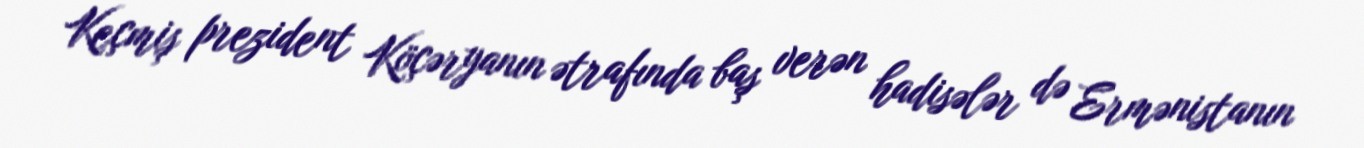
Keçmiş prezident Köçəryanın ətrafında baş verən hadisələr də Ermənistanın